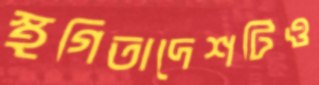
স্থগিতাদেশটিও